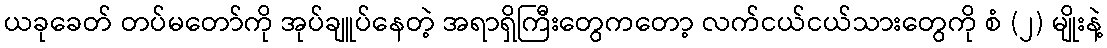
ယခုခေတ် တပ်မတော်ကို အုပ်ချူပ်နေတဲ့ အရာရှိကြီးတွေကတော့ လက်ငယ်ငယ်သားတွေကို စံ (၂) မျိုးနဲ့